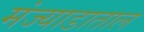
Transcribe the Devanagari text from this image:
मंज्याडाताल